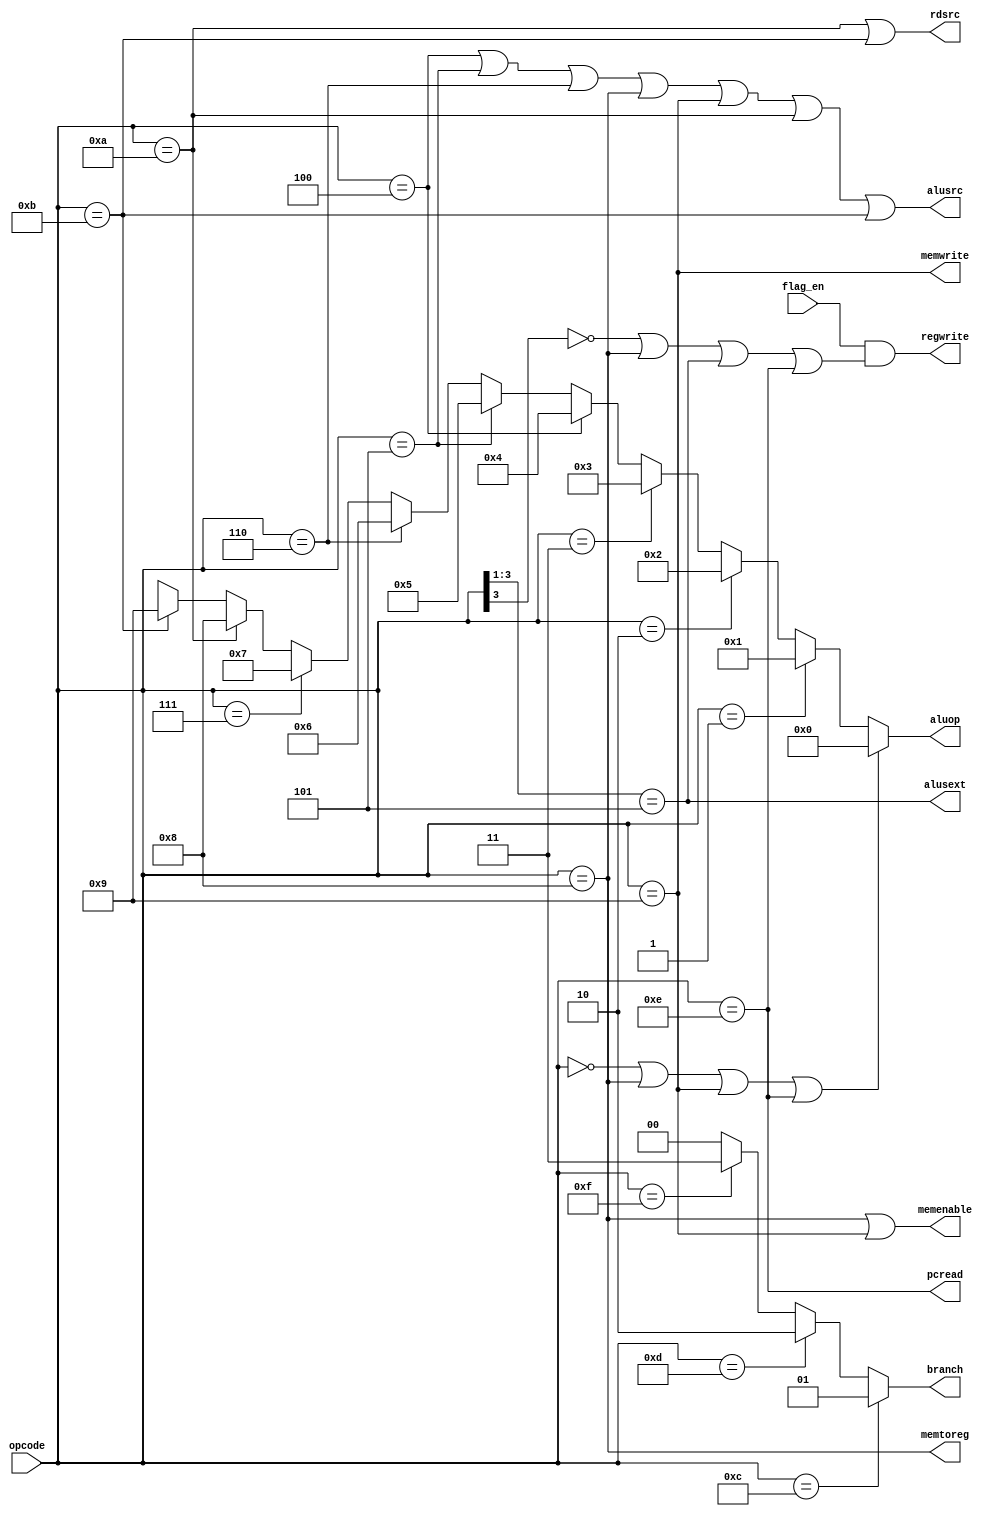
module control(opcode, flag_en, regwrite, alusrc, memenable, memwrite, aluop, memtoreg, branch, alusext, pcread, rdsrc);
    input [3:0] opcode;
    input flag_en;
    output regwrite, alusrc, memenable, memwrite, memtoreg, pcread, alusext, rdsrc;
    output [1:0] branch;
    output [3:0] aluop;

    // RegWrite, determines if D is written to reg
    // 1 = write to reg, 0 = do no write to reg
    assign regwrite = flag_en & (~opcode[3] | (opcode == 4'b1000) | (opcode[3:1] == 3'b101) | (opcode == 4'b1110));

    // ALUSrc, determines if reg or imm is sent as input to ALU
    // 1 = use imm as 2nd operand, 0 = use reg as 2nd operand
    assign alusrc = (opcode == 4'b0100) | (opcode == 4'b0101) | (opcode == 4'b0110) | 
                    (opcode == 4'b1000) | (opcode == 4'b1001) |
                    (opcode == 4'b1010) | (opcode == 4'b1011);

    // MemEnable, enables read or write
    // 1 = read or write, 0 = do not read or write mem
    assign memenable = (opcode == 4'b1000) | (opcode == 4'b1001);

    // MemWrite, store register content into the effective register
    // 1 = write to meme, 0 = do not write to mem
    assign memwrite = opcode == 4'b1001;

    // AlUop, determines what operation to pass out the ALU
    // 0 = add, 1 = sub, 2 = xor, 3 = red, 4 = sll, 5 = sra, 6 = ror, 7 = paddsb
    // 8 = llb, 9 = lhb, x = if opcode is neither
    // TODO Replace default case with a less intrusive value
    assign aluop = (opcode == 4'b0000 | opcode == 4'b1000 | opcode == 4'b1001 | opcode == 4'b1110) ? 4'b0000 :
                   (opcode == 4'b0001) ? 4'b0001 :
                   (opcode == 4'b0010) ? 4'b0010 :
                   (opcode == 4'b0011) ? 4'b0011 :
                   (opcode == 4'b0100) ? 4'b0100 :
                   (opcode == 4'b0101) ? 4'b0101 :
                   (opcode == 4'b0110) ? 4'b0110 :
                   (opcode == 4'b0111) ? 4'b0111 :
                   (opcode == 4'b1010) ? 4'b1000 :
                   (opcode == 4'b1011) ? 4'b1001 : 4'bxxxx;

    // MemtoReg, determines if output from mem or alu is sent to reg
    // 1 = mem is sent to reg, 0 = alu output is sent to reg
    assign memtoreg = opcode == 4'b1000;

    // Branch, determines what to put into PC 
    // 0 = PC + 2, 1 = (PC + 2) + imm, 2 = rs, 3 = x (halt)
    assign branch = (opcode == 4'b1100) ? 2'b01 :
                    (opcode == 4'b1101) ? 2'b10 :
                    (opcode == 4'b1111) ? 2'b11 : 2'b00;

    // ALUSext, determines how many bits the imm is sign extended
    // 0 = sign extend from [3:0], 1 = sign extend from [7:0]
    assign alusext = opcode[3:1] == 3'b101;

    // PCRead (Signal specific to PCS), determines if rd is reading from PC
    // 0 = rd is set to high impedence, 1 = rd is set to PC
    assign pcread = opcode == 4'b1110;

    // RDSrc (Signal specific to LLB and LHB), determines if rd is read through as a src reg
    // 0 = rd is not passed as src, 1 = rd is passed as src
    assign rdsrc = (opcode == 4'b1010) | (opcode == 4'b1011);
endmodule